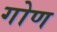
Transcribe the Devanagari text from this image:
गोण